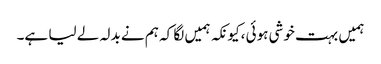
ہمیں بہت خوشی ہوئی ،کیونکہ ہمیں لگا کہ ہم نے بدلہ لے لیا ہے۔